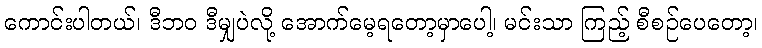
ကောင်းပါတယ်၊ ဒီဘဝ ဒီမျှပဲလို့ အောက်မေ့ရတော့မှာပေါ့၊ မင်းသာ ကြည့် စီစဉ်ပေတော့၊